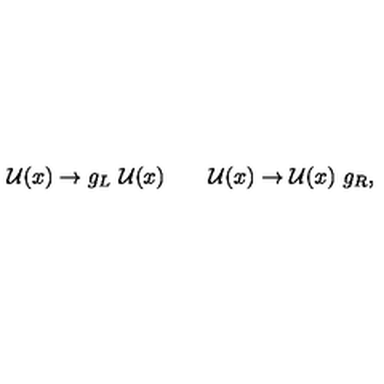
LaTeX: \mathcal { U } ( x ) \rightarrow g _ { L } \ \mathcal { U } ( x ) \qquad \mathcal { U } ( x ) \rightarrow \mathcal { U } ( x ) \ g _ { R } ,